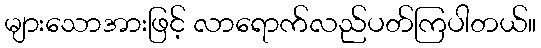
များသောအားဖြင့် လာရောက်လည်ပတ်ကြပါတယ်။